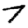
Digit: 7